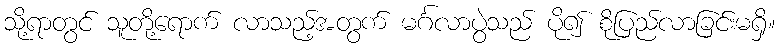
သို့ရာတွင် သူတို့ရောက် လာသည့်အတွက် မင်္ဂလာပွဲသည် ပို၍ စိုပြည်လာခြင်းမရှိ။